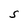
Character: S